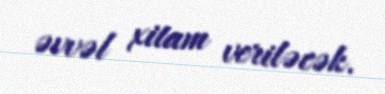
əvvəl xitam veriləcək.